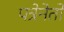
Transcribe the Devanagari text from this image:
पत्रेनेतो